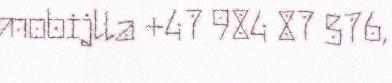
mobijlla +47 984 87 576,